Civil Veterinary Department. Central Provinces & Berar 1932-41 - 1932-1941
Year: 1932
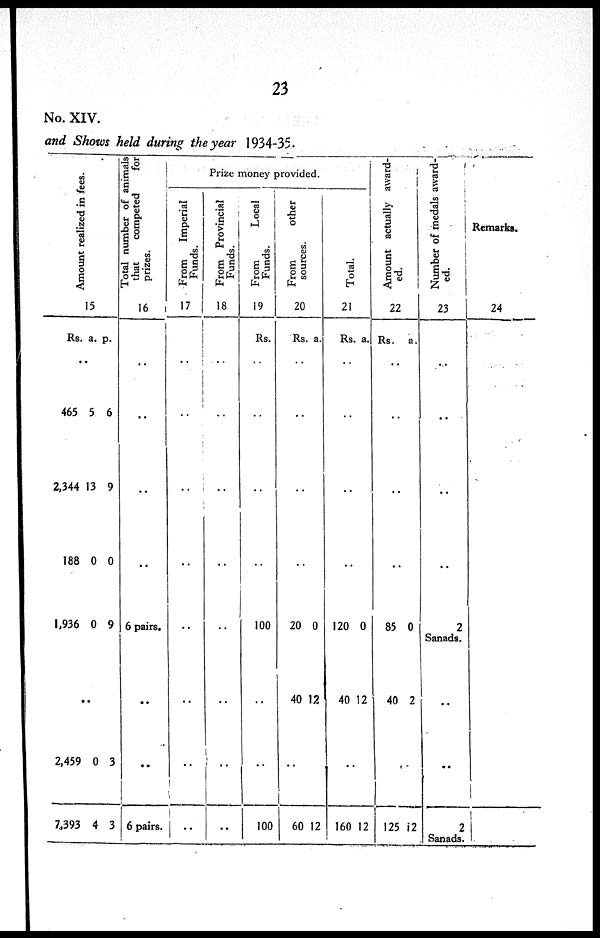
23
No. XIV.
and Shows held during the year 1934-35.
Amo u n t r eal i zed in fees.
15
Rs. a. p.
..
465
2,344
188
1,936
5
13
0
0
6
9
0
9
..
2,459
7,393
0
4
3
3
Total number of animals
that
competed
for
prizes.
16
..
..
..
..
6 pairs.
..
..
6 pairs.
Prize money provided.
From
Imperial
Funds.
17
..
..
..
..
..
..
..
..
From Provincial
Funds.
18
..
..
..
..
..
..
..
..
From
Local
Funds.
19
Rs.
..
..
..
..
100
..
..
100
From other
sources.
20
Rs. a.
..
..
..
..
20
40
0
12
..
60 12
Total.
21
Rs. a.
..
..
..
..
120
40
0
12
..
160 12
Amount actually award-
ed.
22
Rs.
a.
..
..
..
..
85
40
0
2
..
125 12
Number of medals award-
ed.
23
..
..
..
..
2
Sanads.
..
..
2
Sanads.
Remarks.
24